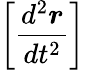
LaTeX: \left[{\frac{d^{2}{\boldsymbol{r}}}{dt^{2}}}\right]